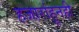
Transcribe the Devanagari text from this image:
हजारांहूनही